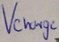
Text: Vcharge